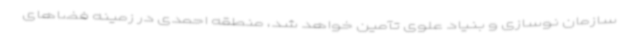
سازمان نوسازی و بنیاد علوی تآمین خواهد شد، منطقه احمدی در زمینه فضاهای